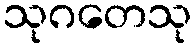
သုဂတေသု